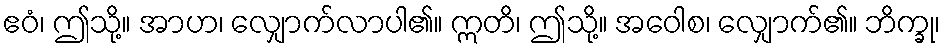
ဧဝံ၊ ဤသို့။ အာဟ၊ လျှောက်လာပါ၏။ ဣတိ၊ ဤသို့။ အဝေါစ၊ လျှောက်၏။ ဘိက္ခု၊